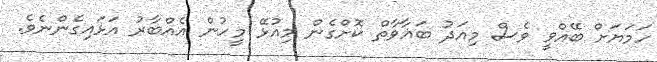
ހަމަޔަށް ބޭއްވީ ވެސް މިއަދު ބަޣާވާތް ކޮށްގެން މިއުޅޭ މީހުން އެއްބާރު އަޅައިގެންނެވެ.